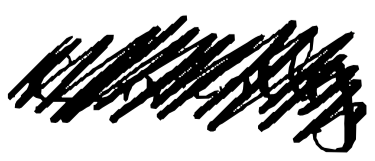
Text: currently
Cross-out: scratch
Writing tool: digital_black